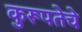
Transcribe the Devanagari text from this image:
कुरूपतेचे